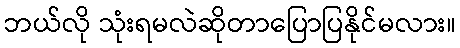
ဘယ်လို သုံးရမလဲဆိုတာပြောပြနိုင်မလား။